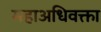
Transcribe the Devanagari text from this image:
महाअधिवक्ता